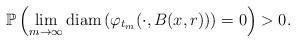
LaTeX: \begin{align*}\mathbb{P} \left( \lim_{m \rightarrow \infty } \textrm{diam} \left( \varphi_{t_m} (\cdot, B(x,r)) \right) =0 \right) > 0. \end{align*}